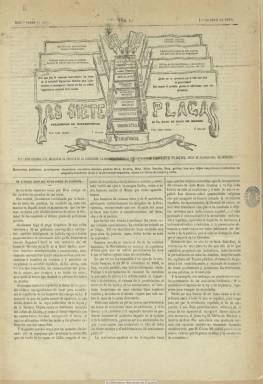
Título: Las Siete plagas
Colección: Revistas satíricas y humorísticas
Ámbito geográfico: Madrid
Lugar de publicación: Madrid
Fechas: 01/04/1870-05/06/1870

Uno de los numerosos periódicos carlistas satíricos que se publican durante el Sexenio Democrático, apareciendo este el uno de abril de 1870, en entregas de cuatro páginas y compuesto a tres columnas, que pudo ser el primero de esta corriente ideológica que fue ilustrado, según Navarro Cabanes (1917), al utilizar grabados con dibujos a pluma tanto en su cabecera (con la firma M.P.T.), como en su interior, con caricaturas y tiras cómicas de marcado carácter político que critican reformas legales como es el caso del matrimonio civil.

Esas siete plagas a las que hace alusión el título del periódico son los diferentes partidos políticos: desde los cristinos, unionistas, progresistas, demócratas radicales, republicanos unitarios, republicanos federales, hasta los socialistas, a los que acusa de querer exterminar el catolicismo. En su lema aparece: “Honrados, juiciosos, previsores, clamaban nuestros padres: Dios, Patria y Rey”. Con textos en prosa y en verso, que critican aceradamente los acontecimientos políticos, ninguno aparece bajo firma alguna

A partir de su número 8, correspondiente al 8 de mayo, aparecerá cada domingo y modificará el grabado de su cabecera, en donde aparece ahora una hidra (el liberalismo) con siete serpientes identificadas con los citados partidos políticos, indicado jocosamente como subtítulo “órgano de la Gloriosa”. El número 12, correspondiente al cinco de junio de 1870, es el último de la colección, en el que anuncia que publicará caricaturas iluminadas de colores. Tuvo una vida corta y cesó ese mismo año.